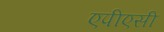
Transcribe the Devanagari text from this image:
एपीएसी